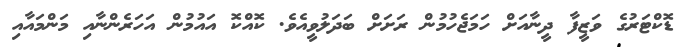
ޑޮކްޓަރުގެ ވަޒީފާ ދީނާއަށް ހަމަޖެހުމުން ރަށަށް ބަދަލުވީއެވެ. ކޮއްކޮ އައުމުން އަހަރެންނާއި މަންމައާއި